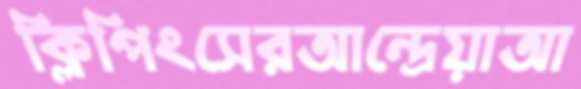
ক্লিপিংসেরআন্দ্রেয়াআ